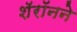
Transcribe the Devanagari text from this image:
शॅरॉनने